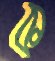
ক